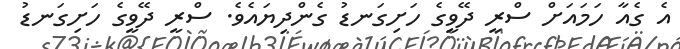
އެ ގެއާ ހަމައަށް ސްރީ ދޭވީގެ ހަށިގަނޑު ގެންދިޔައެވެ. ސްރީ ދޭވީގެ ހަށިގަނޑު